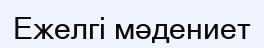
Ежелгі мәдениет